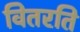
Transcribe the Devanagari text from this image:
वितरति